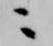
ニ